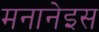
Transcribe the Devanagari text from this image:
मनानेइस